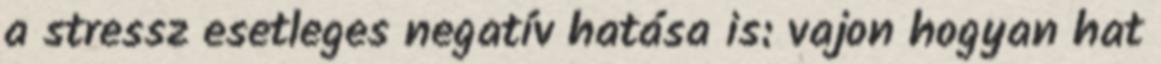
a stressz esetleges negatív hatása is: vajon hogyan hat